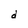
Character: d